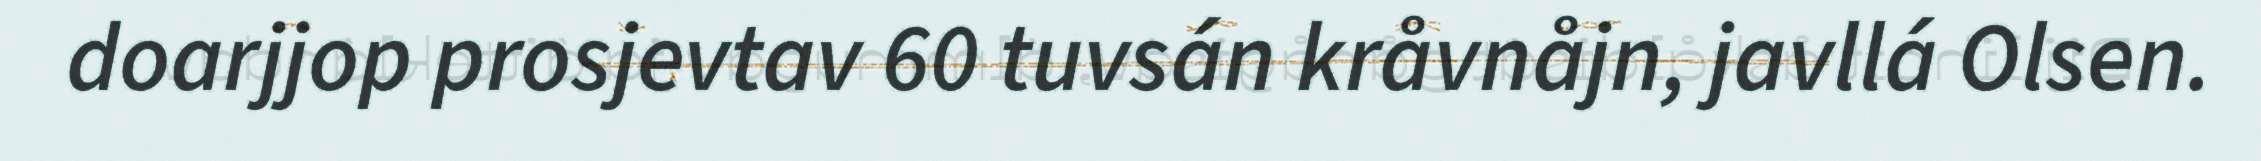
doarjjop prosjevtav 60 tuvsán kråvnåjn, javllá Olsen.